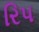
રિપ